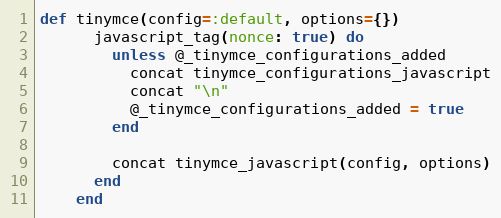
Language: Ruby
def tinymce(config=:default, options={})
      javascript_tag(nonce: true) do
        unless @_tinymce_configurations_added
          concat tinymce_configurations_javascript
          concat "\n"
          @_tinymce_configurations_added = true
        end

        concat tinymce_javascript(config, options)
      end
    end